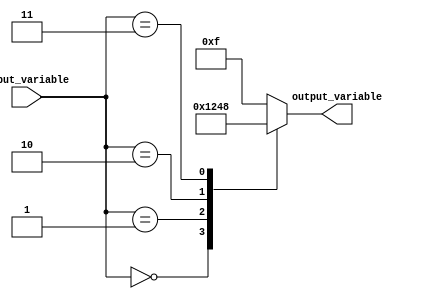
module case_statement_example (
    input [2:0] input_variable,
    output reg [3:0] output_variable
);

initial begin
    case(input_variable)
        3'b000: output_variable = 4'b0001;
        3'b001: output_variable = 4'b0010;
        3'b010: output_variable = 4'b0100;
        3'b011: output_variable = 4'b1000;
        default: output_variable = 4'b1111;
    endcase
end

endmodule